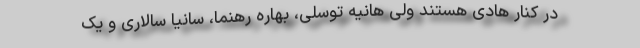
در کنار هادی هستند ولی هانیه توسلی، بهاره رهنما، سانیا سالاری و یک